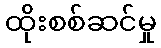
ထိုးစစ်ဆင်မှု